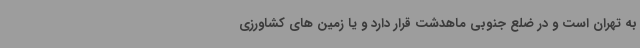
به تهران است و در ضلع جنوبی ماهدشت قرار دارد و یا زمین های کشاورزی